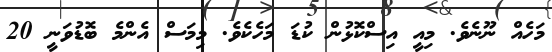
މަހެއް ނޫނެވެ. މިއީ އިސްކޮޅުން ކުޑަ މަހެކެވެ. މިމަސް އެންމެ ބޮޑުވަނީ 20